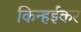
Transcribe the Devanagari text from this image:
किन्हईकर